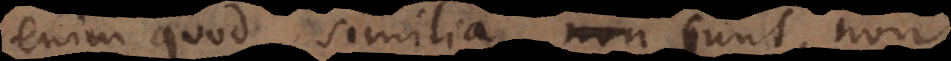
enim quod similia non sunt, non